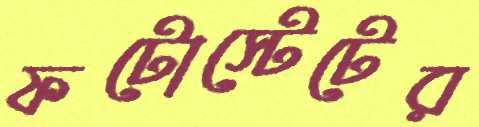
ফটোস্টেটের